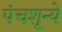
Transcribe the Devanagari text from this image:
पंचशून्ये